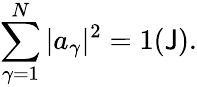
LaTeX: \sum_{\gamma=1}^{N}|a_{\gamma}|^{2}=1(\mathsf{J}).